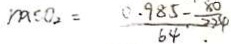
n a c o _ { 2 } = \frac { 0 . 9 8 5 - \frac { 8 0 } { 2 2 4 } } { 6 4 . }